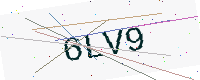
Text: 6LV9